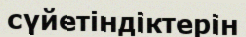
сүйетіндіктерін